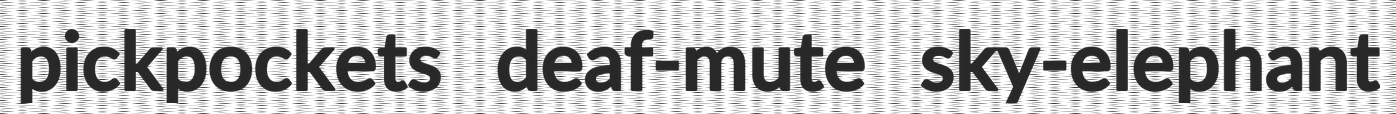
pickpockets deaf-mute sky-elephant